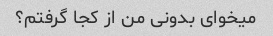
میخوای بدونی من از کجا گرفتم؟